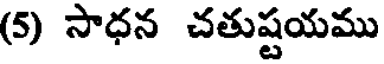
(5) సాధన చతుష్టయము